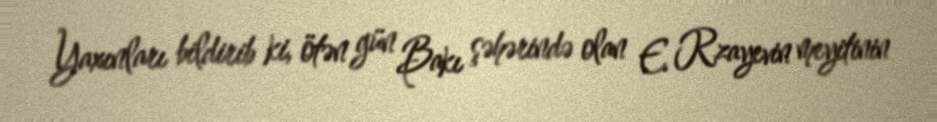
Yaxınları bildirib ki, ötən gün Bakı şəhərində olan E. Rzayevin meyitinin